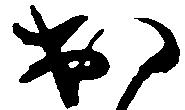
出